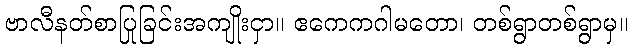
ဗာလီနတ်စာပြုခြင်းအကျိုးငှာ။ ဧကေကဂါမတော၊ တစ်ရွာတစ်ရွာမှ။